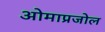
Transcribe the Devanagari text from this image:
ओमाप्रजोल